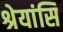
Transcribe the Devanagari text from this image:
श्रेयांसि